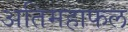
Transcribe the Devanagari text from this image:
अतिमहाफल